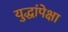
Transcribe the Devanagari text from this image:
युद्धांपेक्षा